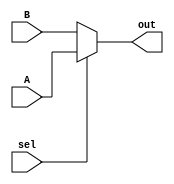
`timescale 1ns / 1ps


module mux2x1_1bit(A, B, sel, out);

input A,B;
input sel;
output out;

assign out = (sel==1'b1)? A : B;
 
endmodule